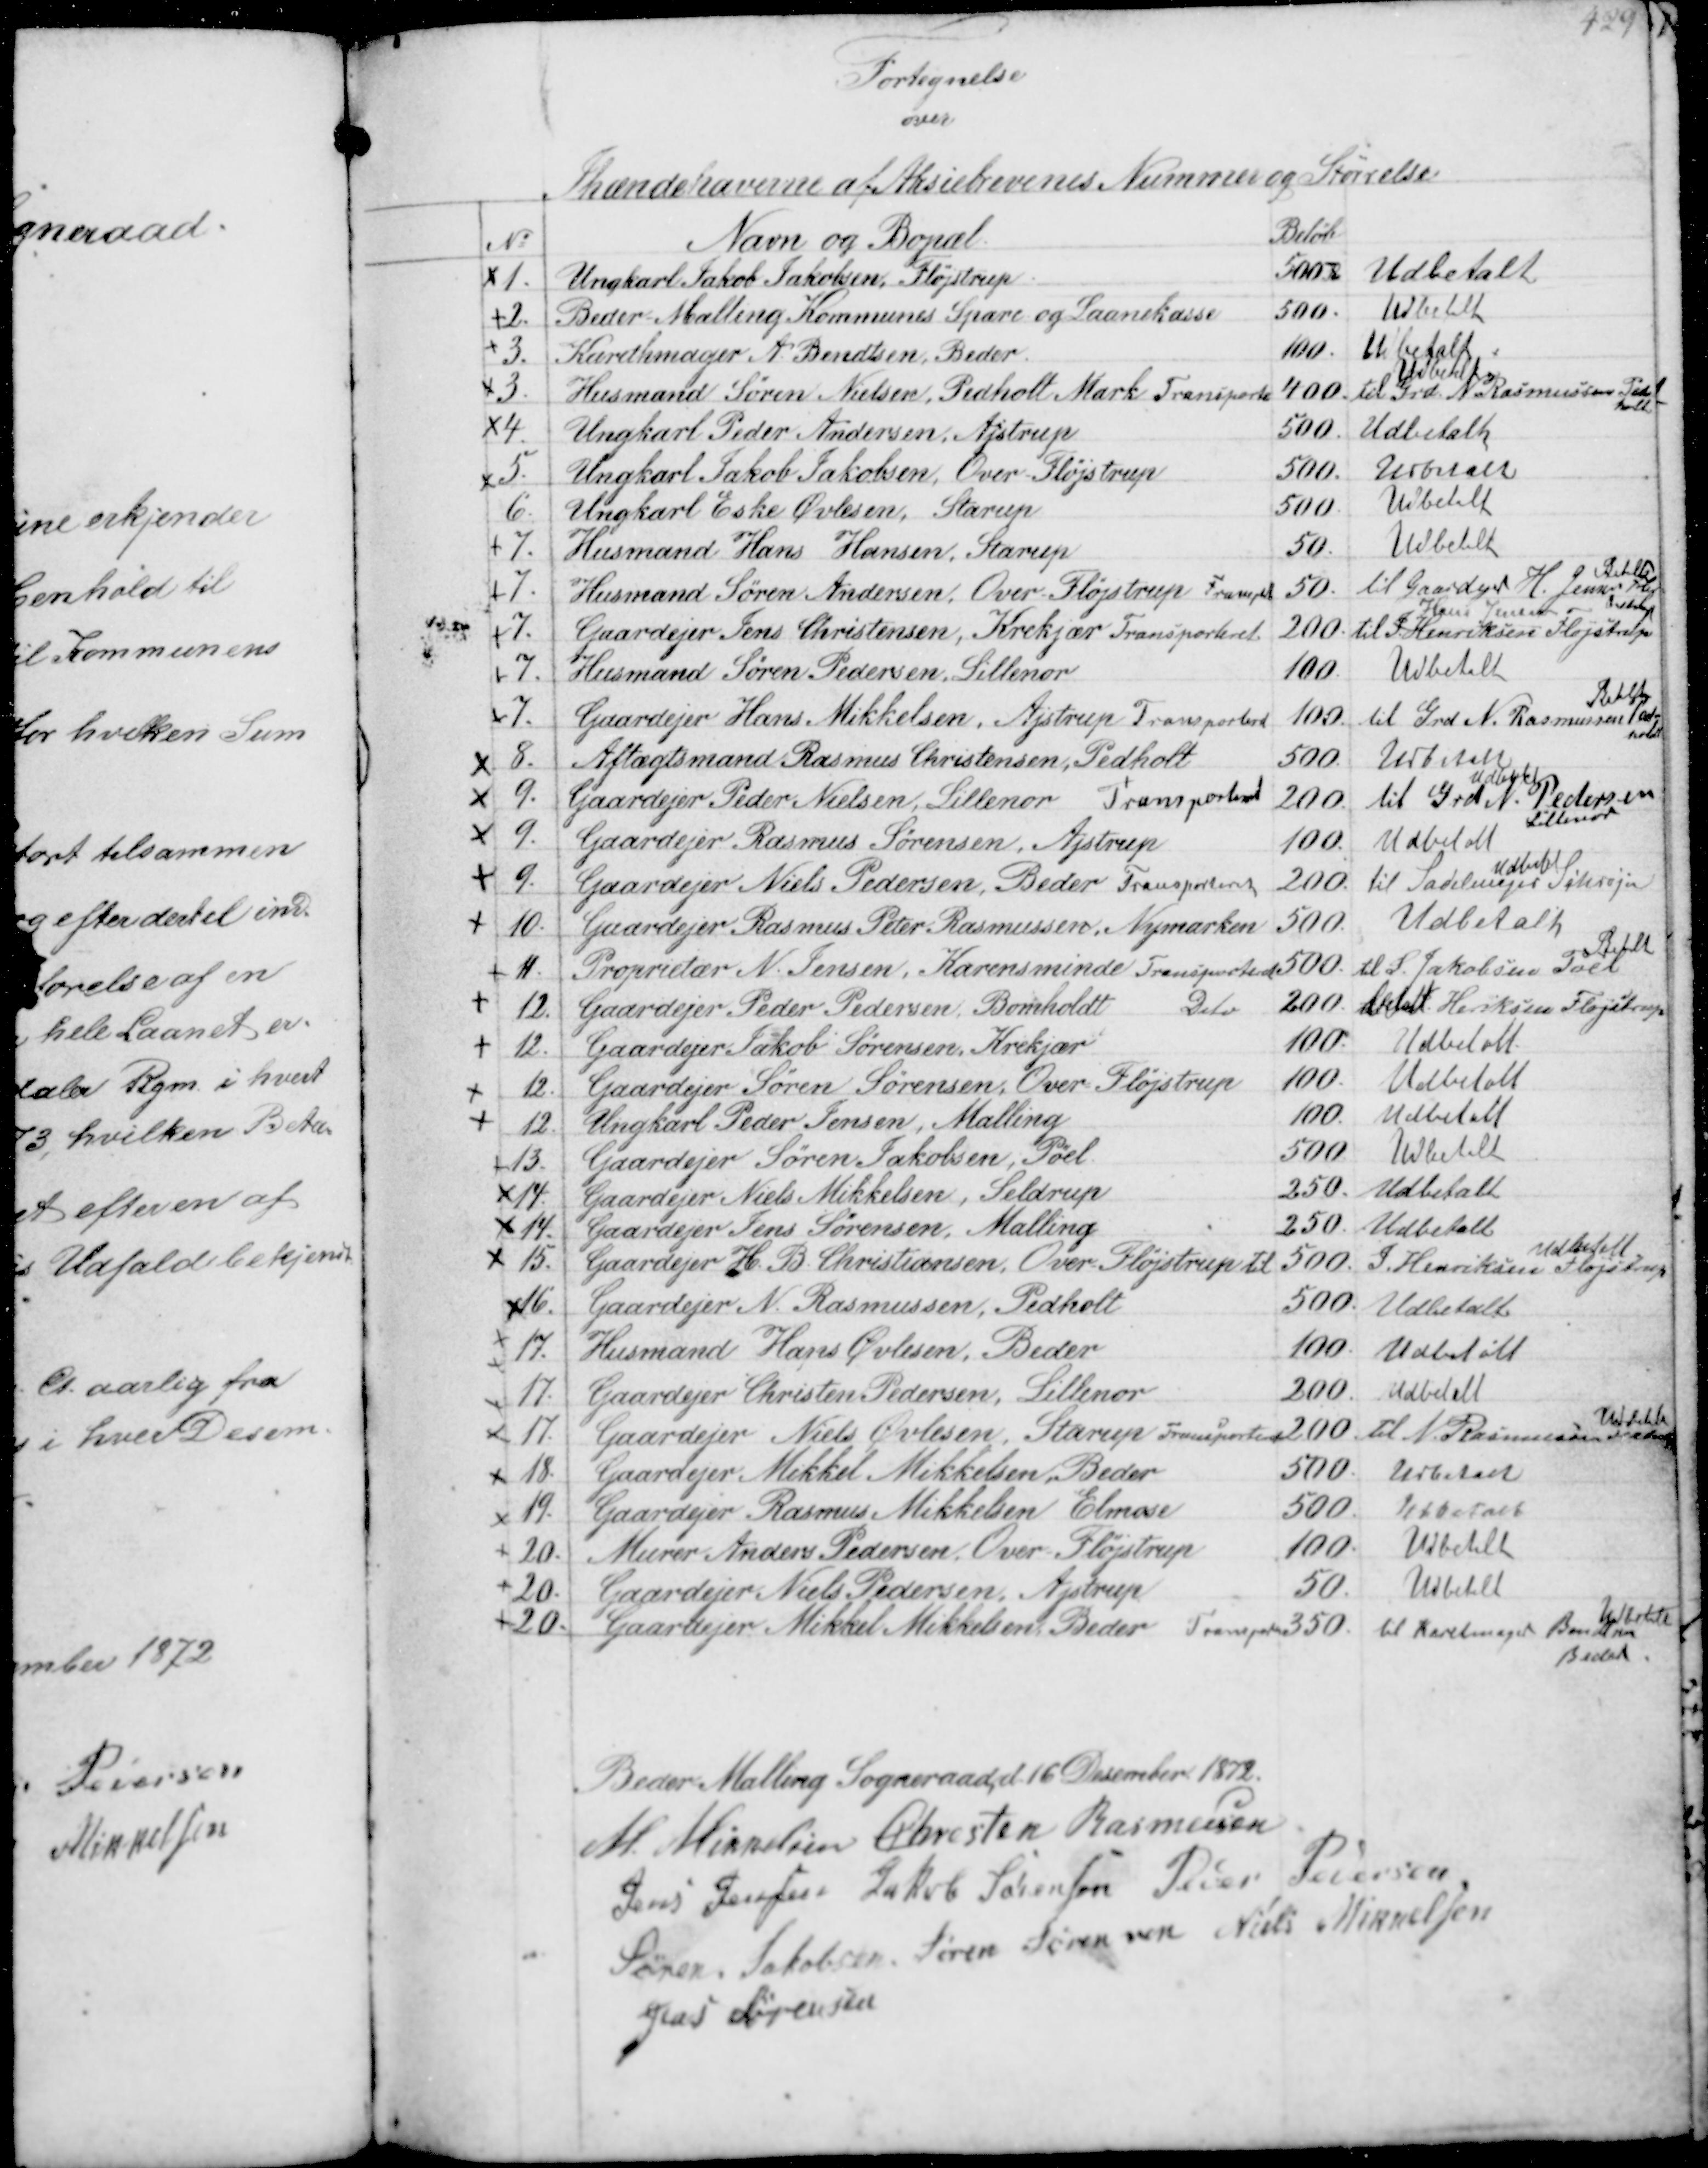
Transskription:
Fortegnelse
over
Ihændehaverne af Aksiebrevenes Nummer og Størrelse

No 
Navn og Bopæl
Beløb
1.
Ungkarl Jakob Jakobsen Fløjstrup.
500 Udbetalt
2.
Beder Malling Kommunes Spare og Laanekass
500. Udbetalt
3.
Karetmager A Bendtsensen, Beder
100 Udbetalt
3.
Husmand Søren Nielsen, Pedholt Mark transport
Udbetalt
400 til Grd N Rasmussen Ped-
holdt
4.
Ungkarl Peder Andersen Ajstrup
500. Udbetalt
5.
Ungkarl Jakob Jakobsen Over Flojstrup
500. Udbelele
6.
Ungkarl Eske Øvlesen, Starup
500 Udbetalt
7.
Husmand Hans Hansen, Starup
50. Udbetalt
7.
Husmand Søren Andersen, Over Fløjstrup Transport
Betalt
50. tll Gaardejer H. Jensen
Pedholdt 
7.
Gaardejer Jens Christensen, Krekjær Transporteret
Hans Jensen 
200 til J Henriksen Fløjstrup
7.
Husmand Søren Pedersen Lillenor
100 Udbetalt
7.
Gaardejer Hans Mikkelsen, Ajstrup Tranporteret
Betalt
100 til Grd N. Rasmussen Ped-
holdt
8.
Aftægtsmand Rasmus Christensen, Pedholdt
500 Udbetalt
9.
Gaardejer Peder Nielsen, Lillenor Transporteret
Udbetalt
200 til Grd N Pedersen
Lillenor
9.
Gaardejer Rasmus Sørensen, Ajstrup
100 Udbetalt
9.
Gaardejer Niels Pedersen Beder Transporteret
Udbetalt
200 til Sadelmager Schrøder
10.
Gaardejer Rasmus Peter Rasmussen, Nymarken
500. Udbetalt
11.
Proprietær N. Jensen, Karensminde Transporteret
Betalt
200. til S. Jakobsen Pøel
12.
Gaardejer Peder Pedersen, Bomholdt Delv
200 betalt Henriksen Fløjstrup
12.
Gaardejer Jakob Sørensen, Krekjær
100 Udbetalt
12.
Gaardejer Søren Sørensen, Over Fløjtrup
100 Udbetalt
12.
Ungkarl Peder Jensen, Malling
100 Udbetalt
13.
Gaardejer Søren Jakobsen, Pøel
500 Udbetalt
14.
Gaardejer Niels Mikkelsen, Seldrup
250. Udbetalt
14.
Gaardejer Jens Sørensen, Malling
250. Udbetalt
15.
Gaardejer H M Chritiansen øer Mosserp til
Udbetalt
500S Henriksen Fløjstrup
16.
Gaardejer N. Rasmussen, Pedholt
300 Udbetalt
17.
Husmand Hans Øvlesen, Beder
100 Udbetalt
17.
Gaardejer Christen Pedersen, Lillenor
200. Udbetalt
17.
Gaardejer Niels Øvlesen Starup Transporteret
Udbetalt
2oo til N Rasmussen Pedholdt
18.
Gaardejer Mikkel Mikkelsen Beder
500. Udbetalt
19.
Gaardejer Rasmus Mikkelsen Elmose
500. Udbetalt
20.
Murer Anders Pedersen Over Fløjstrup
100. Ubbetalt
220
Gaardejer Niels Pedersen Ajstrup
50. Udbetalt
20.
Gaardejer Mikkel Mikkelsen Beder Transporteret
Udbetalt
350. til Karetmager Bendtsen
Beder

Beder Malling Sogneraad d 16 December 1872.
M Mikkelsen Chresten Rasmussen
Jens Jensen Jakob Sørensen Peder Pedersen
Søren Jakobsen Søren Sørensen Niels Mikkelsen
Jens Sørensen